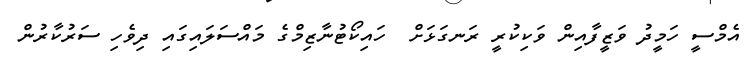
އެމްސީ ހަމީދު ވަޒީފާއިން ވަކިކުރީ ރަނގަޅަށް  ހައިކޯޓުނާޒިމްގެ މައްސަލައިގައި ދިވެހި ސަރުކާރުން